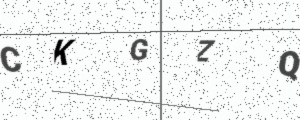
Text: CKGZQ